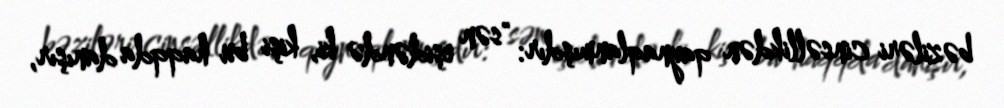
bəziləri cinsəllikdən qaynaqlanmışdır: "sən eşidəndə ki, kişi bu haqqda danışır,